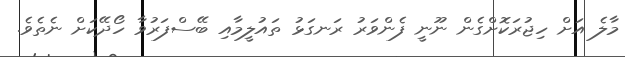
މާލެ އަށް ހިޖުރަކޮށްގެން ނޫނީ ފެންވަރު ރަނގަޅު ތައުލީމާއި ބޭސްފަރުވާ ހޯދޭކަށް ނެތެވެ.